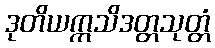
ဒုတိယဣသိဒတ္တသုတ္တံ